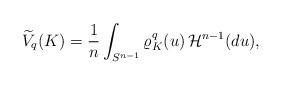
LaTeX: \begin{align*}\widetilde{V}_q(K)=\frac1n\int_{S^{n-1}}\varrho^q_K(u)\,\mathcal{H}^{n-1}(du),\end{align*}